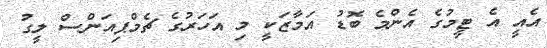
އެއީ އެ ޓީމުގެ އެންމެ ބޮޑު އަމާޒަކީ މި އަހަރުގެ ޗެމްޕިއަންސް ލީގު